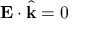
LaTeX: \mathbf { E } \cdot { \hat { \mathbf { k } } } = 0